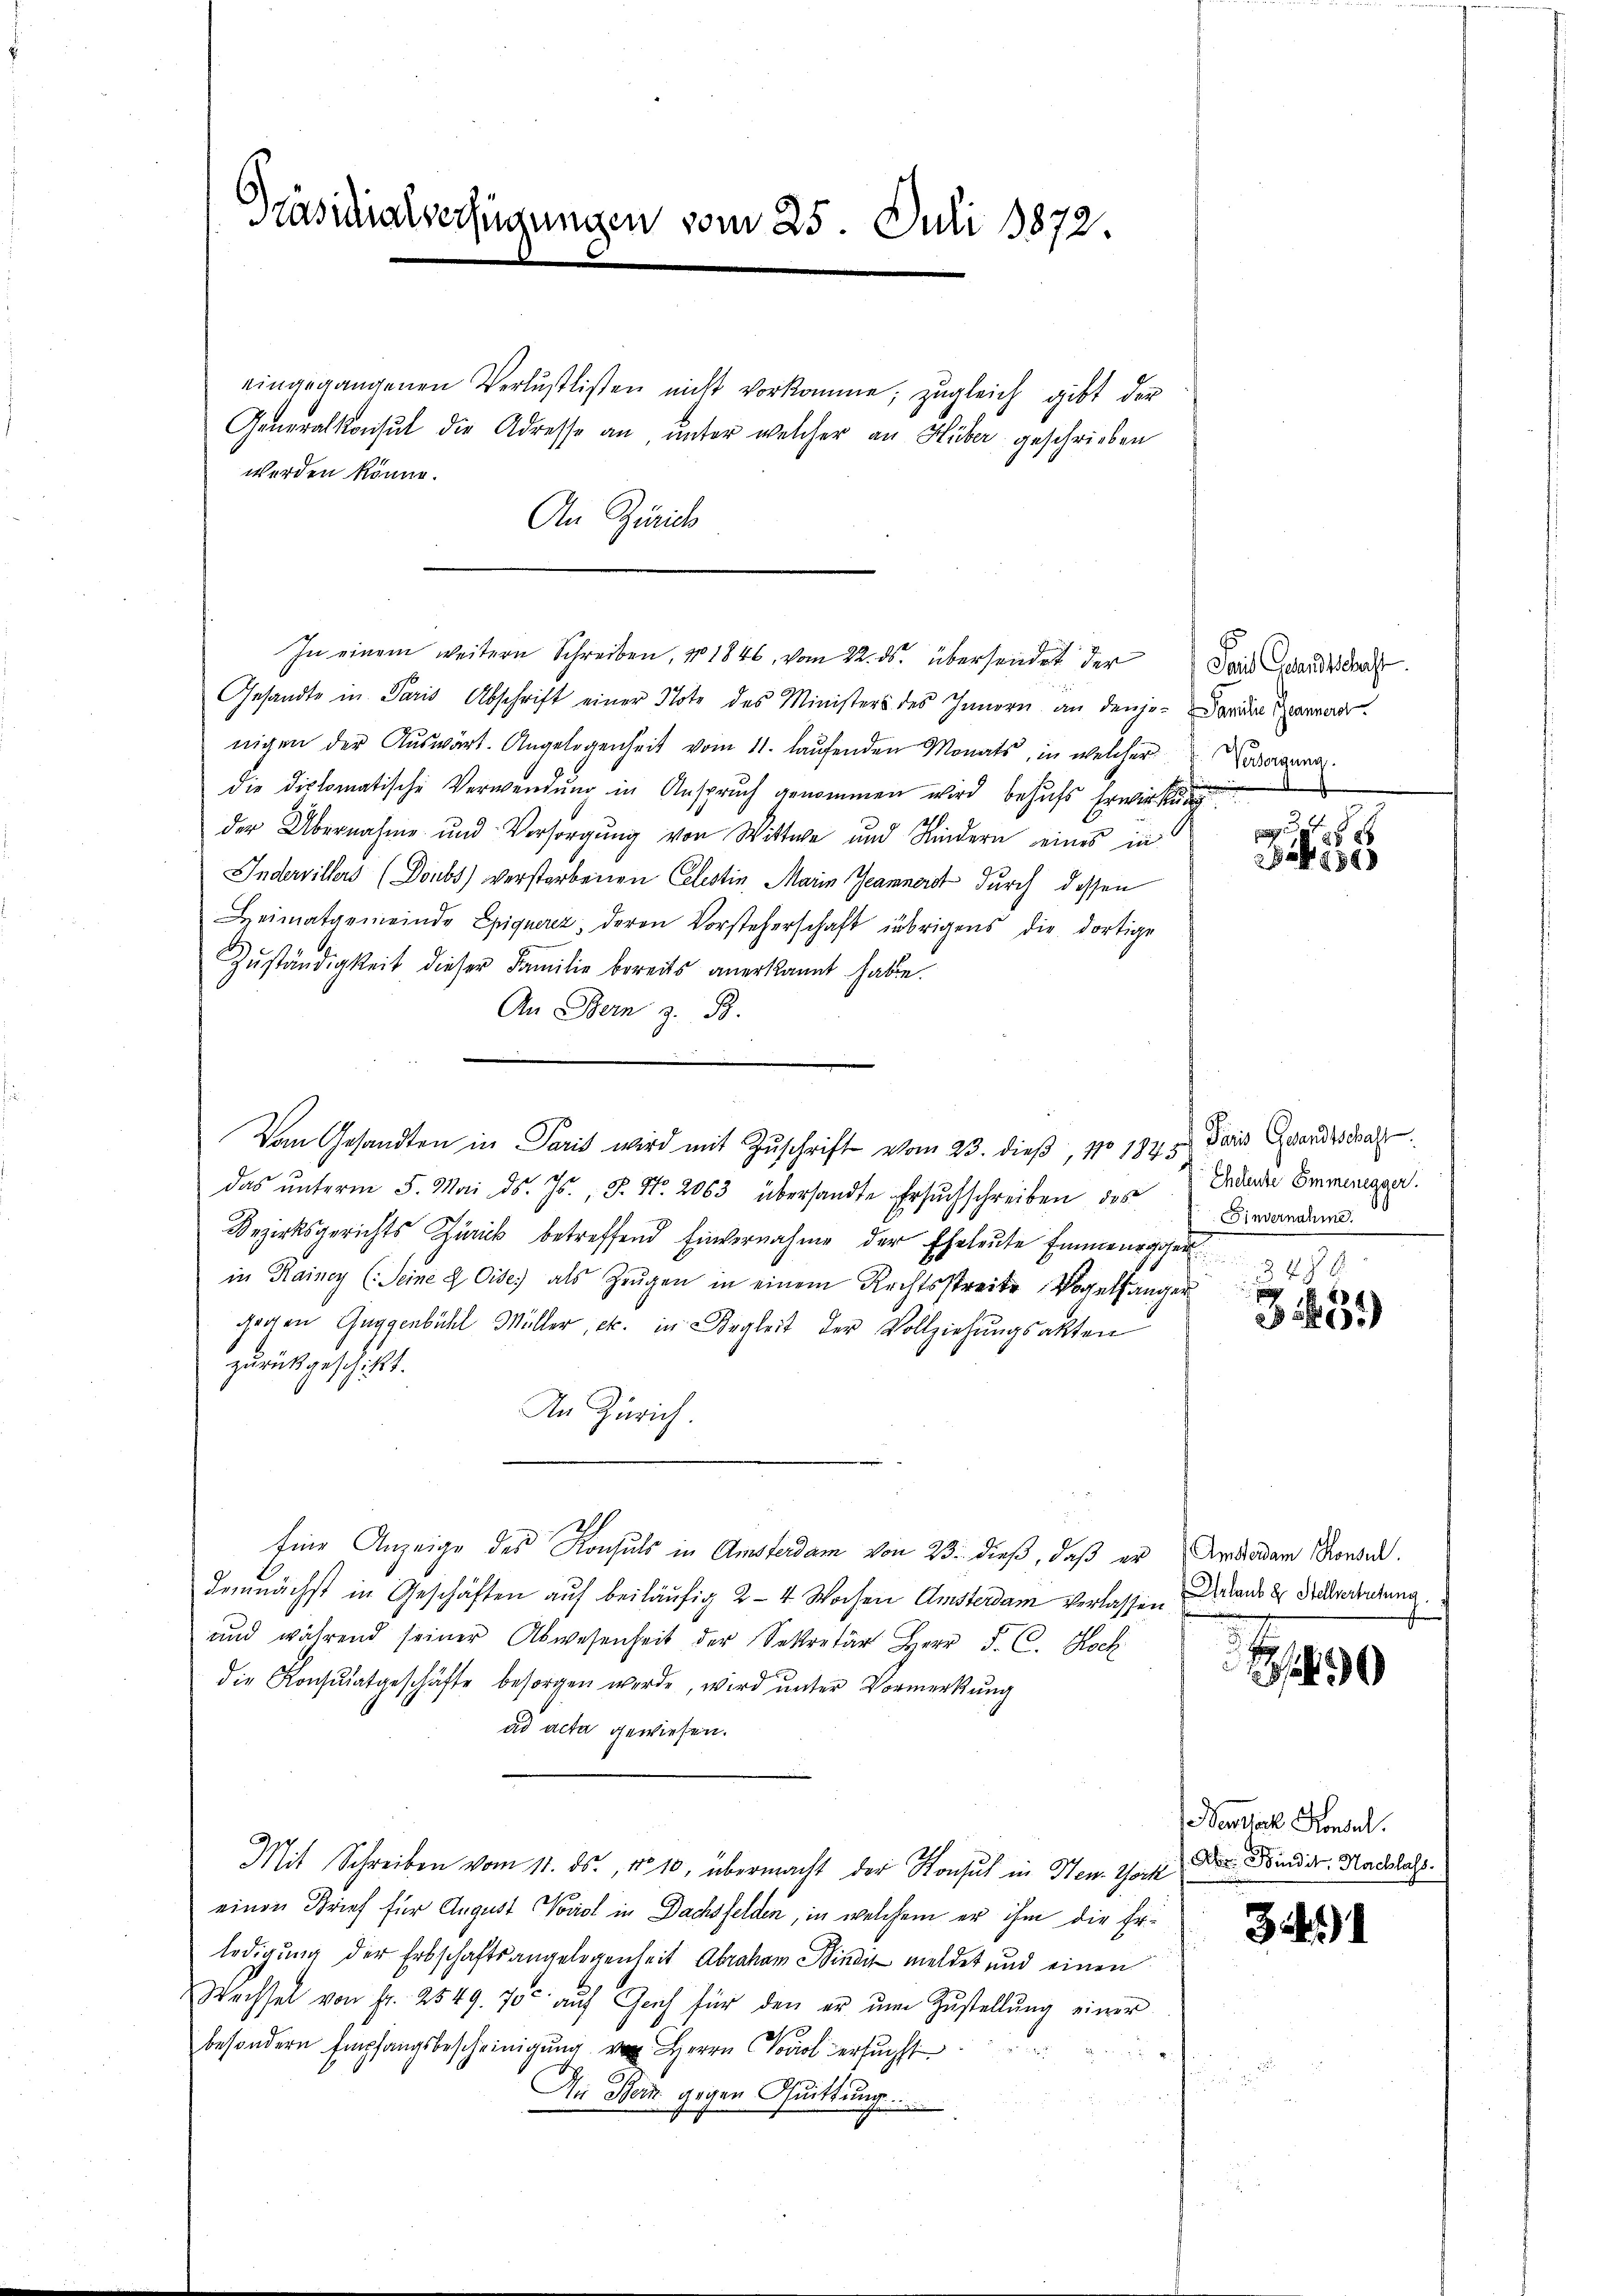
Präsidialverfügungen vom 25. Juli 1872.

eingegangenen Verlustlisten nicht vorkomme, zŭgleich gibt der
werden könne.
An Zürich
Gesandte in Paris Abschrift einer Note des Ministers des Innern an denje-Darum Gerade
nigen der Aŭswärt. Angelegenheit vom 11. laŭfenden Monats, in welcher
die Diplomatische Verwendung in Anspruch genommen wird behufs Erwirkung
der Übernahme und Versorgŭng von Wittwe und Kindern eines in
Indervillers (Doubs verstorbenen Celestin Marin Jeannerst durch dessen
Heimatgemeinde Epiquerez, deren Vorsteherschaft übrigens die dortige
Zŭständigkeit dieser Familie bereits anerkannt habe.
An Bern z. B.
Vom Gesandten in Paris wird mit Zuschrift vom 23. dieß, No 184 u. darin Grandesrat
das ŭnterm 5. Mai d. Js., S. Nr. 2063 übersandte Ersuchschreiben des
Bezirksgerichts Zürick betreffend Einvernahme der Eheleute Emmeneggen
in Rainer (Seine 2 Oise, als Zeugen in einem Rechtsstreite Vogelhänger
gegen Guggenbühl Müller, etc. in Begleit der Vollziehungsakten
zurückgeschikt.
An Zürich.
Eine Anzeige des Konsuls in Amsterdam von 23. dieß, daß er Antradam Kons.
demnächst in Geschäften auf beiläufig 2 - 4 Wochen Amsterdam verlassen Daraus 2 Schwerendung,
und während seiner Abwesenheit der Sekretär Herr F. C. Hoch
die Konsulatgeschäfte besorgen werde, wird unter Vormerkung
ad acta gewiesen.
Mit Schreiben vom 11. ds., No 10, übermacht der Konsul in Hen-Tock der Kinder Nachlass
einen Brief für August Vorial in Dachsfelden, in welchem er ihm die Erledigung der Erbschaftsangelegenheit Abraham Sindiz meldet und einen
Wechsel von Fr. 2549. 70 aŭf Gech für den er ŭm Zŭstellŭng einer
besondern Empfangsbescheinigung Herrn Pool erfügt
An Bern gegen Quittung

In einem weitern Schreiben, No 1846, vom 22. ds. übersendet der

Generalkonsul die Adresse an, unter welcher an Huber geschrieben

Saus Grandschaft.
Tätigung.

s

850

Eheleute Emmenegger.
invernahme.

31451)

90

Nenssache Konsul

35.)